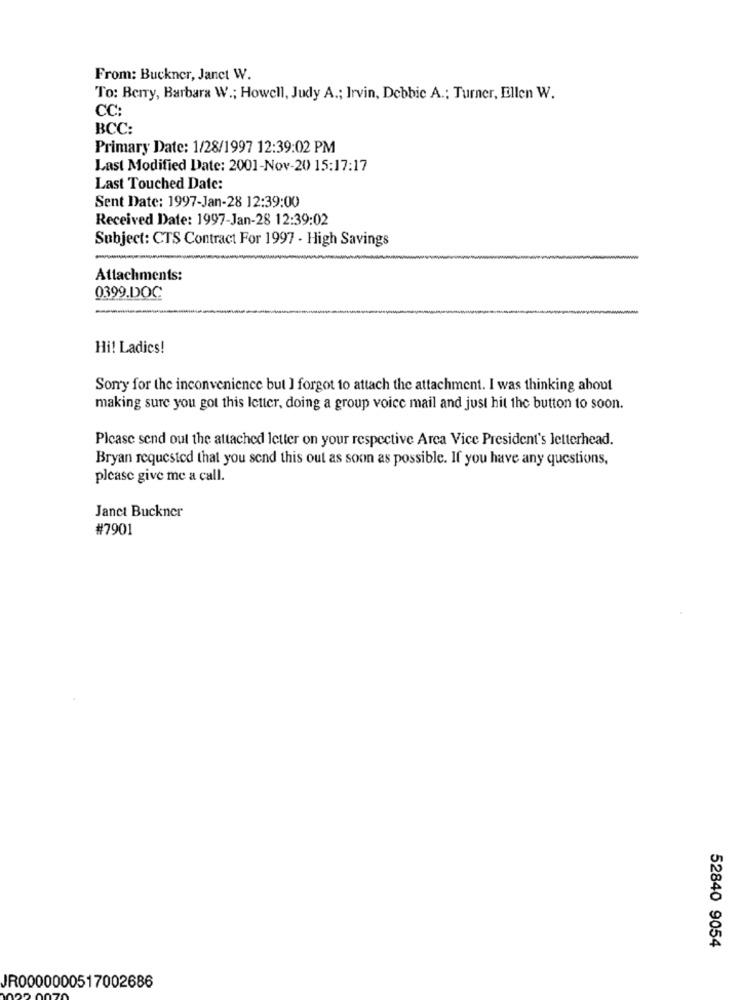
From: Buckner, Janet W.
To: Berry, Barbara W .; Howell, Judy A .; Irvin, Debbie A .; Turner, Ellen W.
CC:
BCC:
Primary Date: 1/28/1997 12:39:02 PM
Last Modified Date: 2001-Nov-20 15:17:17
Last Touched Date:
Sent Date: 1997-Jan-28 12:39:00
Received Date: 1997-Jan-28 12:39:02
Subject: CTS Contract For 1997 - High Savings
Attachments:
0399.DOC
Hi! Ladics!
Sorry for the inconvenience but I forgot to attach the attachment. I was thinking about
making sure you got this letter, doing a group voice mail and just hit the button to soon.
Please send out the attached letter on your respective Area Vice President's letterhead.
Bryan requested that you send this out as soon as possible. If you have any questions,
please give me a call.
Janct Buckner
#7901
52840 9054
JR0000000517002686